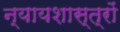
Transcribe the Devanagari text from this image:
न्यायशास्त्रों